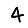
Digit: 4